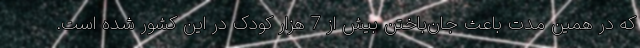
که در همین مدت باعث جان‌باختن بیش از 7 هزار کودک در این کشور شده است.